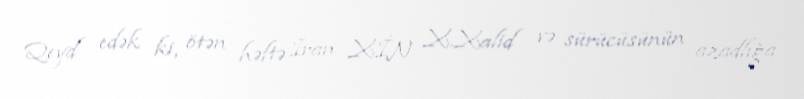
Qeyd edək ki, ötən həftə İran XİN X.Xalid və sürücüsünün azadlığa